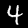
Label: 4